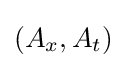
(A_{x},A_{t})